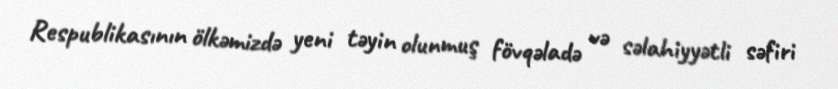
Respublikasının ölkəmizdə yeni təyin olunmuş fövqəladə və səlahiyyətli səfiri